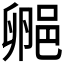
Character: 𬪁